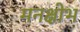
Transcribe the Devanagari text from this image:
मनक्षोभ